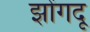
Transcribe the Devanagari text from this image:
झोंगदू